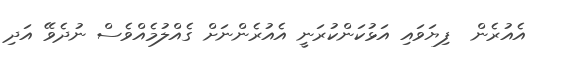
އެއުރެން  ފިޔަވައި އަޅުކަންކުރަނީ އެއުރެންނަށް ގެއްލުމެއްވެސް ނުދެވޭ އަދި